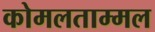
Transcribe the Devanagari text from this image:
कोमलताम्मल